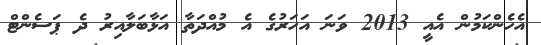
އެހެންކަމުން އެއީ 2013 ވަނަ އަހަރުގެ އެ މުއްދަތާ އަޅާބަލާއިރު ދެ ޕަސެންޓް